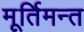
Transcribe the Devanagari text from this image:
मूर्तिमन्त